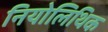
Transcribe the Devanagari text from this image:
नियोलिथिक